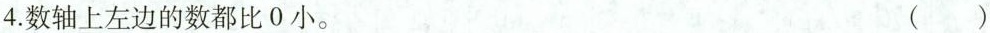
4. 数轴上左边的数都比0小。 ( )